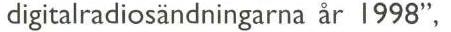
digitalradiosändningarna år 1998".